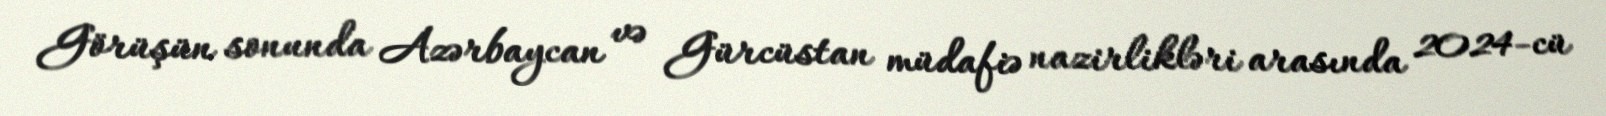
Görüşün sonunda Azərbaycan və Gürcüstan müdafiə nazirlikləri arasında 2024-cü